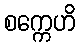
စက္ကေဟိ